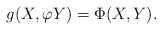
\begin{align*} g(X,\varphi Y)=\Phi(X,Y). \end{align*}